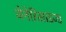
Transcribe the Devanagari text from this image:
जेनेरिसाइज्ड